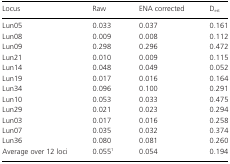
| Locus | Raw | ENA corrected | Dest |
 | --- | --- | --- | --- |
 | Lun05 | 0.033 | 0.037 | 0.161 |
 | Lun08 | 0.009 | 0.008 | 0.112 |
 | Lun09 | 0.298 | 0.296 | 0.472 |
 | Lun21 | 0.010 | 0.009 | 0.115 |
 | Lun14 | 0.048 | 0.049 | 0.052 |
 | Lun19 | 0.017 | 0.016 | 0.164 |
 | Lun34 | 0.096 | 0.100 | 0.291 |
 | Lun10 | 0.053 | 0.033 | 0.475 |
 | Lun29 | 0.021 | 0.023 | 0.294 |
 | Lun03 | 0.017 | 0.016 | 0.258 |
 | Lun07 | 0.035 | 0.032 | 0.374 |
 | Lun36 | 0.080 | 0.081 | 0.260 |
 | Average over 12 loci | 0.0551 | 0.054 | 0.194 |